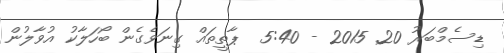
ޑިސެމްބަރު 20